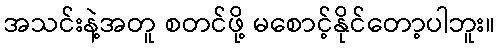
အသင်းနဲ့အတူ စတင်ဖို့ မစောင့်နိုင်တော့ပါဘူး။